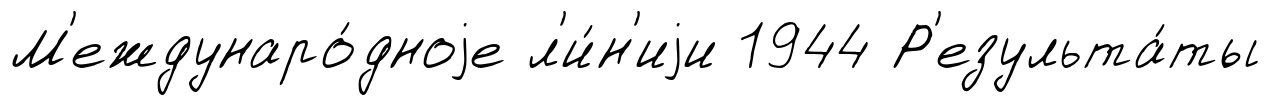
М'еждунаро́дноjе л'и́н'иjи 1944 Р'езульта́ты